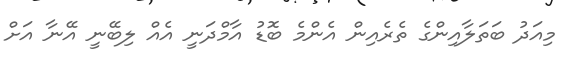
މިއަދު ބަތަލާއިންގެ ތެރެއިން އެންމެ ބޮޑު އާމްދަނީ އެއް ލިބޭނީ އޭނާ އަށް